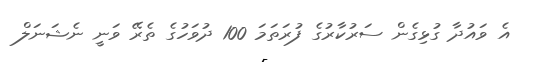
އެ ވައުދާ ގުޅިގެން ސަރުކާރުގެ ފުރަތަމަ 100 ދުވަހުގެ ތެރޭ ވަނީ ނެޝަނަލް